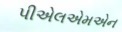
પીએલએમએન